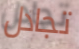
تجادل